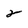
Character: 2